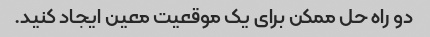
دو راه حل ممکن برای یک موقعیت معین ایجاد کنید.